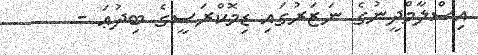
އިސްލާމްދީނުގެ ނަޒަރުގައި ޑިމޮކްރަސީގެ ބިދުޢަ -